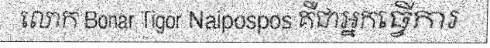
លោក Bonar Tigor Naipospos គឺជាអ្នកធ្វើការ